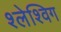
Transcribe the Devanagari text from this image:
श्लेश्विग